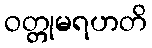
ဝတ္တုမရဟတိ